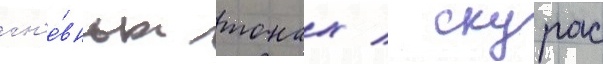
гн'е́вных тонах / скурас